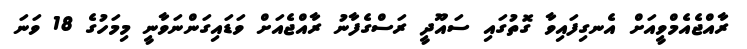
ރާއްޖެއެމްވީއަށް އެނގިފައިވާ ގޮތުގައި ސައޫދީ ރަސްގެފާނު ރާއްޖެއަށް ވަޑައިގަންނަވާނީ މިމަހުގެ 18 ވަނަ